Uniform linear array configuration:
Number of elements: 8
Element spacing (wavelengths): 0.25
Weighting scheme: kaiser
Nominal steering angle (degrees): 60
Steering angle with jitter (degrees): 58.627
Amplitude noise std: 0.05
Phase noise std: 0.05

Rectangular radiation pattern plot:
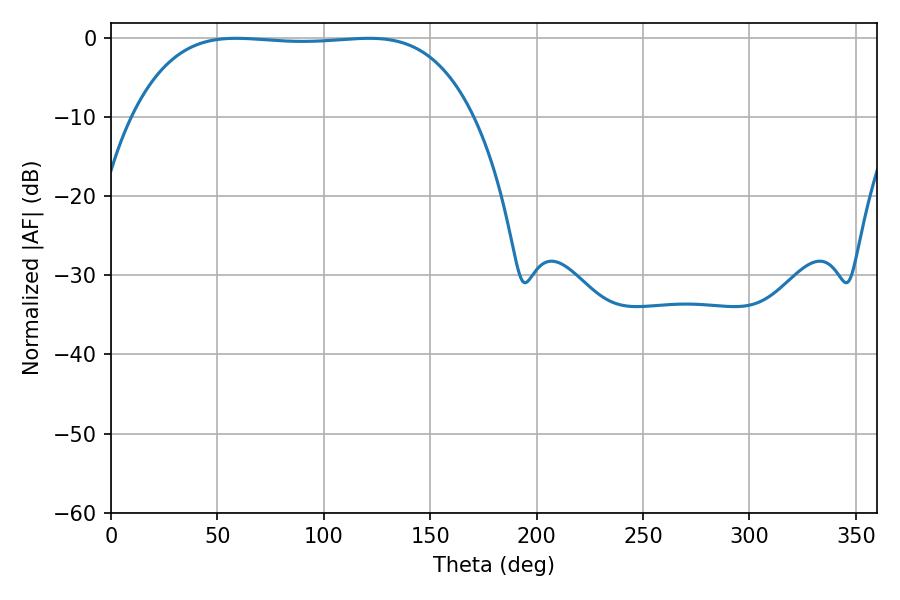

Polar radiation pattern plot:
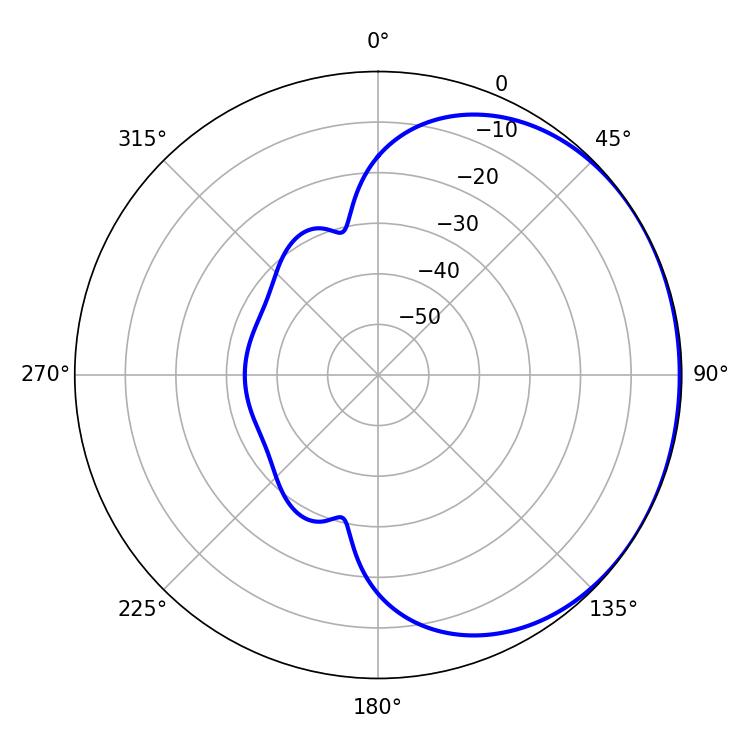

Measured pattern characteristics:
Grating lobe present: FALSE
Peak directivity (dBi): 0.7465
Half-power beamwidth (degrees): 124.92
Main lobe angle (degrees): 58.68